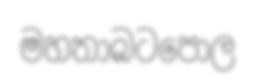
මහතාබටපොල